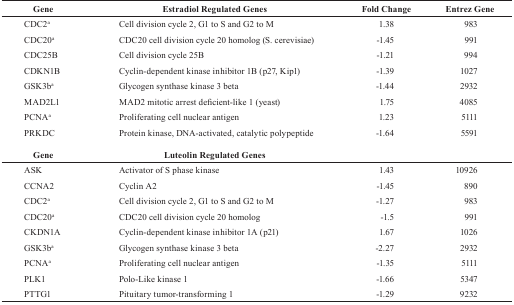
<table><thead><tr><td><b>Gene</b></td><td><b>Estradiol Regulated Genes</b></td><td><b>Fold Change</b></td><td><b>Entrez Gene</b></td></tr></thead><tbody><tr><td>CDC2a</td><td>Cell division cycle 2, G1 to S and G2 to M</td><td>1.38</td><td>983</td></tr><tr><td>CDC20a</td><td>CDC20 cell division cycle 20 homolog (S. cerevisiae)</td><td>-1.45</td><td>991</td></tr><tr><td>CDC25B</td><td>Cell division cycle 25B</td><td>-1.21</td><td>994</td></tr><tr><td>CDKN1B</td><td>Cyclin-dependent kinase inhibitor 1B (p27, Kip1)</td><td>-1.39</td><td>1027</td></tr><tr><td>GSK3ba</td><td>Glycogen synthase kinase 3 beta</td><td>-1.44</td><td>2932</td></tr><tr><td>MAD2L1</td><td>MAD2 mitotic arrest deficient-like 1 (yeast)</td><td>1.75</td><td>4085</td></tr><tr><td>PCNAa</td><td>Proliferating cell nuclear antigen</td><td>1.23</td><td>5111</td></tr><tr><td>PRKDC</td><td>Protein kinase, DNA-activated, catalytic polypeptide</td><td>-1.64</td><td>5591</td></tr><tr><td><b>Gene</b></td><td><b>Luteolin Regulated Genes</b></td><td></td><td></td></tr><tr><td>ASK</td><td>Activator of S phase kinase</td><td>1.43</td><td>10926</td></tr><tr><td>CCNA2</td><td>Cyclin A2</td><td>-1.45</td><td>890</td></tr><tr><td>CDC2a</td><td>Cell division cycle 2, G1 to S and G2 to M</td><td>-1.27</td><td>983</td></tr><tr><td>CDC20a</td><td>CDC20 cell division cycle 20 homolog</td><td>-1.5</td><td>991</td></tr><tr><td>CKDN1A</td><td>Cyclin-dependent kinase inhibitor 1A (p21)</td><td>1.67</td><td>1026</td></tr><tr><td>GSK3ba</td><td>Glycogen synthase kinase 3 beta</td><td>-2.27</td><td>2932</td></tr><tr><td>PCNAa</td><td>Proliferating cell nuclear antigen</td><td>-1.35</td><td>5111</td></tr><tr><td>PLK1</td><td>Polo-Like kinase 1</td><td>-1.66</td><td>5347</td></tr><tr><td>PTTG1</td><td>Pituitary tumor-transforming 1</td><td>-1.29</td><td>9232</td></tr></tbody></table>